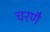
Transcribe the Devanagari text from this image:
चरणै